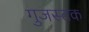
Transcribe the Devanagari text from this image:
गुजस्तक